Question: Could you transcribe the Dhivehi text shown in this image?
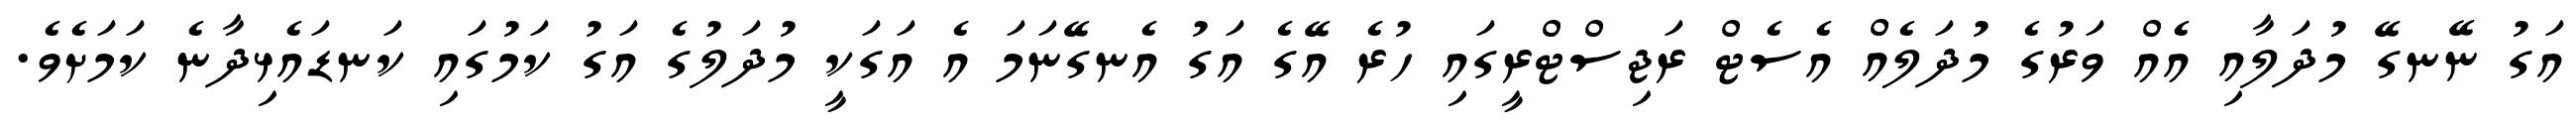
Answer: އަގު ނޭނގޭ މުދަލާއި އެއް ވަރުގެ މުދަލެއް އެސެޓް ރަޖިސްޓްރީގައި ހުރެ އޭގެ އަގު އެނގޭނަމަ އެ އަގަކީ މުދަލުގެ އަގު ކަމުގައި ކަނޑައެޅިދާނެ ކަމަށެވެ.